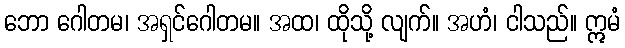
ဘော ဂေါတမ၊ အရှင်ဂေါတမ။ အထ၊ ထိုသို့ လျက်။ အဟံ၊ ငါသည်။ ဣမံ